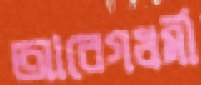
আবেগধর্মী